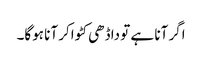
اگر آنا ہے تو داڈھی کٹواکر آنا ہوگا۔